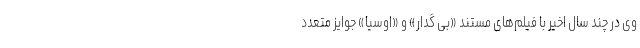
وی در چند سال اخیر با فیلم‌های مستند «بی گدار» و «اوسیا» جوایز متعدد